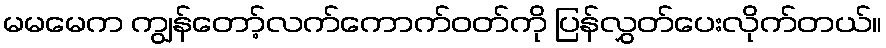
မမမေက ကျွန်တော့်လက်ကောက်ဝတ်ကို ပြန်လွှတ်ပေးလိုက်တယ်။